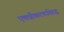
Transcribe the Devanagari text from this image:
एकत्रीकरणाविरुद्ध